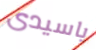
ياسيدى